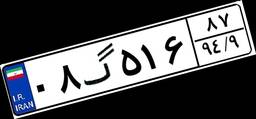
۰۸گ۵۱۶۸۷